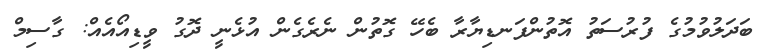
ބަދަލުވުމުގެ ފުރުސަތު އޮތުންފަނޑިޔާރާ ބެހޭ ގޮތުން ނެރެގެން އުޅެނީ ދޮގު ވީޑިއޯއެއް: ގާސިމް